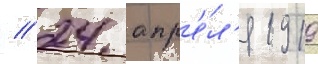
// 24 апр'е́л'я 1919